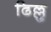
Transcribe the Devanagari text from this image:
ढिल्लु